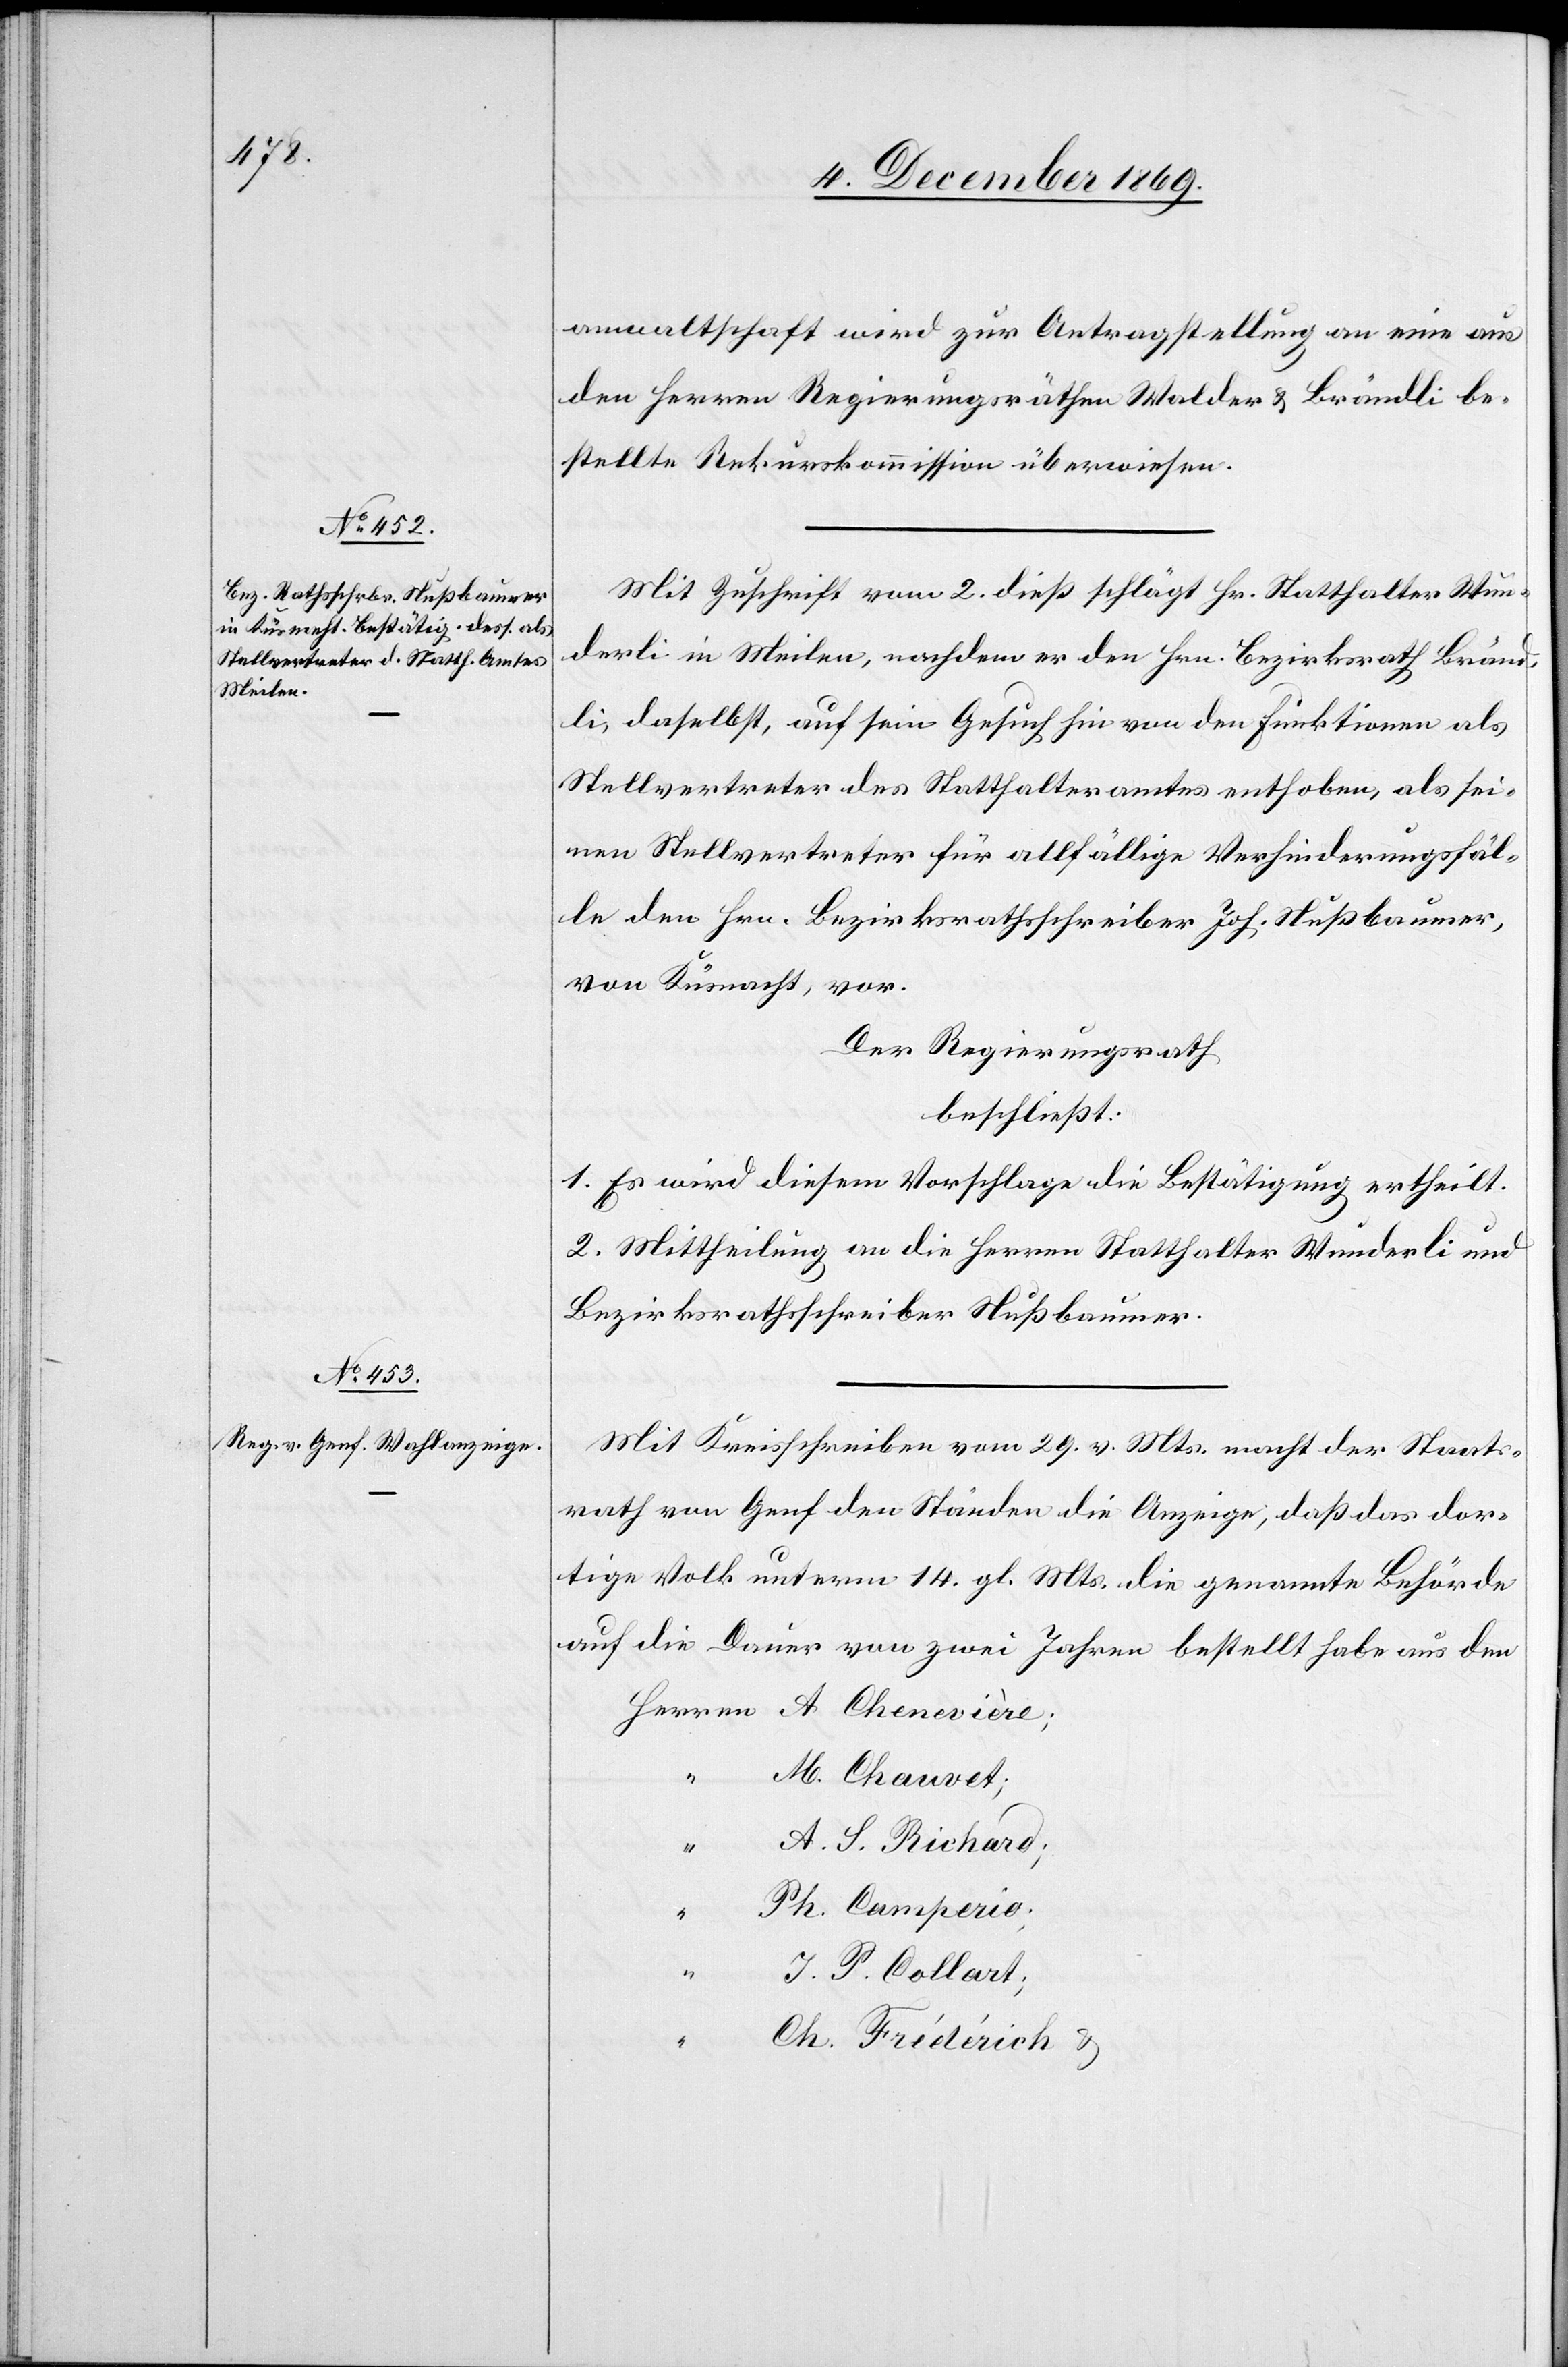
anwaltschaft wird zur Antragstellung an eine aus
den Herren Regierungsräthen Walder & Brändli be¬
stellte Rekurskommission überwiesen.
Mit Zuschrift vom 2. dieß schlägt Hr. Statthalter Wun¬
derli in Meilen, nachdem er den Hrn. Bezirksrath Bränd¬
li, daselbst, auf sein Gesuch hin von den Funktionen als
Stellvertreter des Statthalteramtes enthoben, als sei¬
nen Stellvertreter für allfällige Verhinderungsfäl¬
le den Hrn. Bezirksrathsschreiber Joh. Nußbaumer,
von Küsnacht, vor.
Der Regierungsrath
beschließt:
1. Es wird diesem Vorschlage die Bestätigung ertheilt.
2. Mittheilung an die Herren Statthalter Wunderli und
Bezirksrathsschreiber Nußbaumer.
Mit Kreisschreiben vom 29. v. Mts. macht der Staats¬
rath von Genf den Ständen die Anzeige, daß das dor¬
tige Volk unterm 14. gl. Mts. die genannte Behörde
auf die Dauer von zwei Jahren bestellt habe aus den
Herren A. Chenevière;
“ M. Chauvet;
A. S. Richard;
Ph. Camperio;
“
J. P. Collart;
Ch. Fridérich &